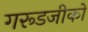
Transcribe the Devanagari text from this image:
गरूडजीको